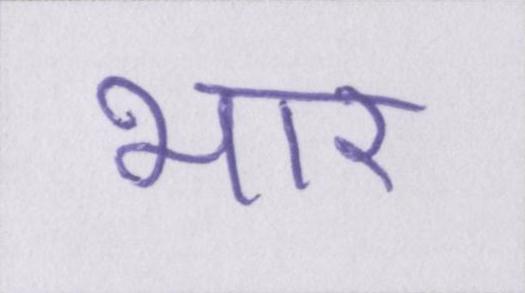
भार